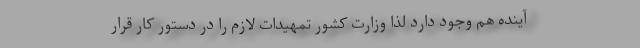
آینده هم وجود دارد لذا وزارت کشور تمهیدات لازم را در دستور کار قرار